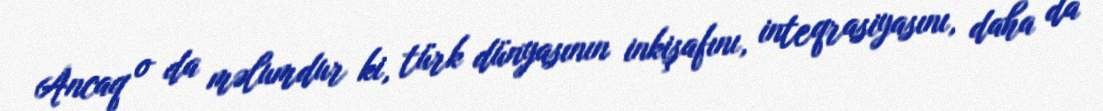
Ancaq o da məlumdur ki, türk dünyasının inkişafını, inteqrasiyasını, daha da